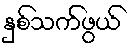
နှစ်သက်ဖွယ်